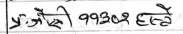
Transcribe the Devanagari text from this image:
प्रजैसी ११३०४ हत्ने